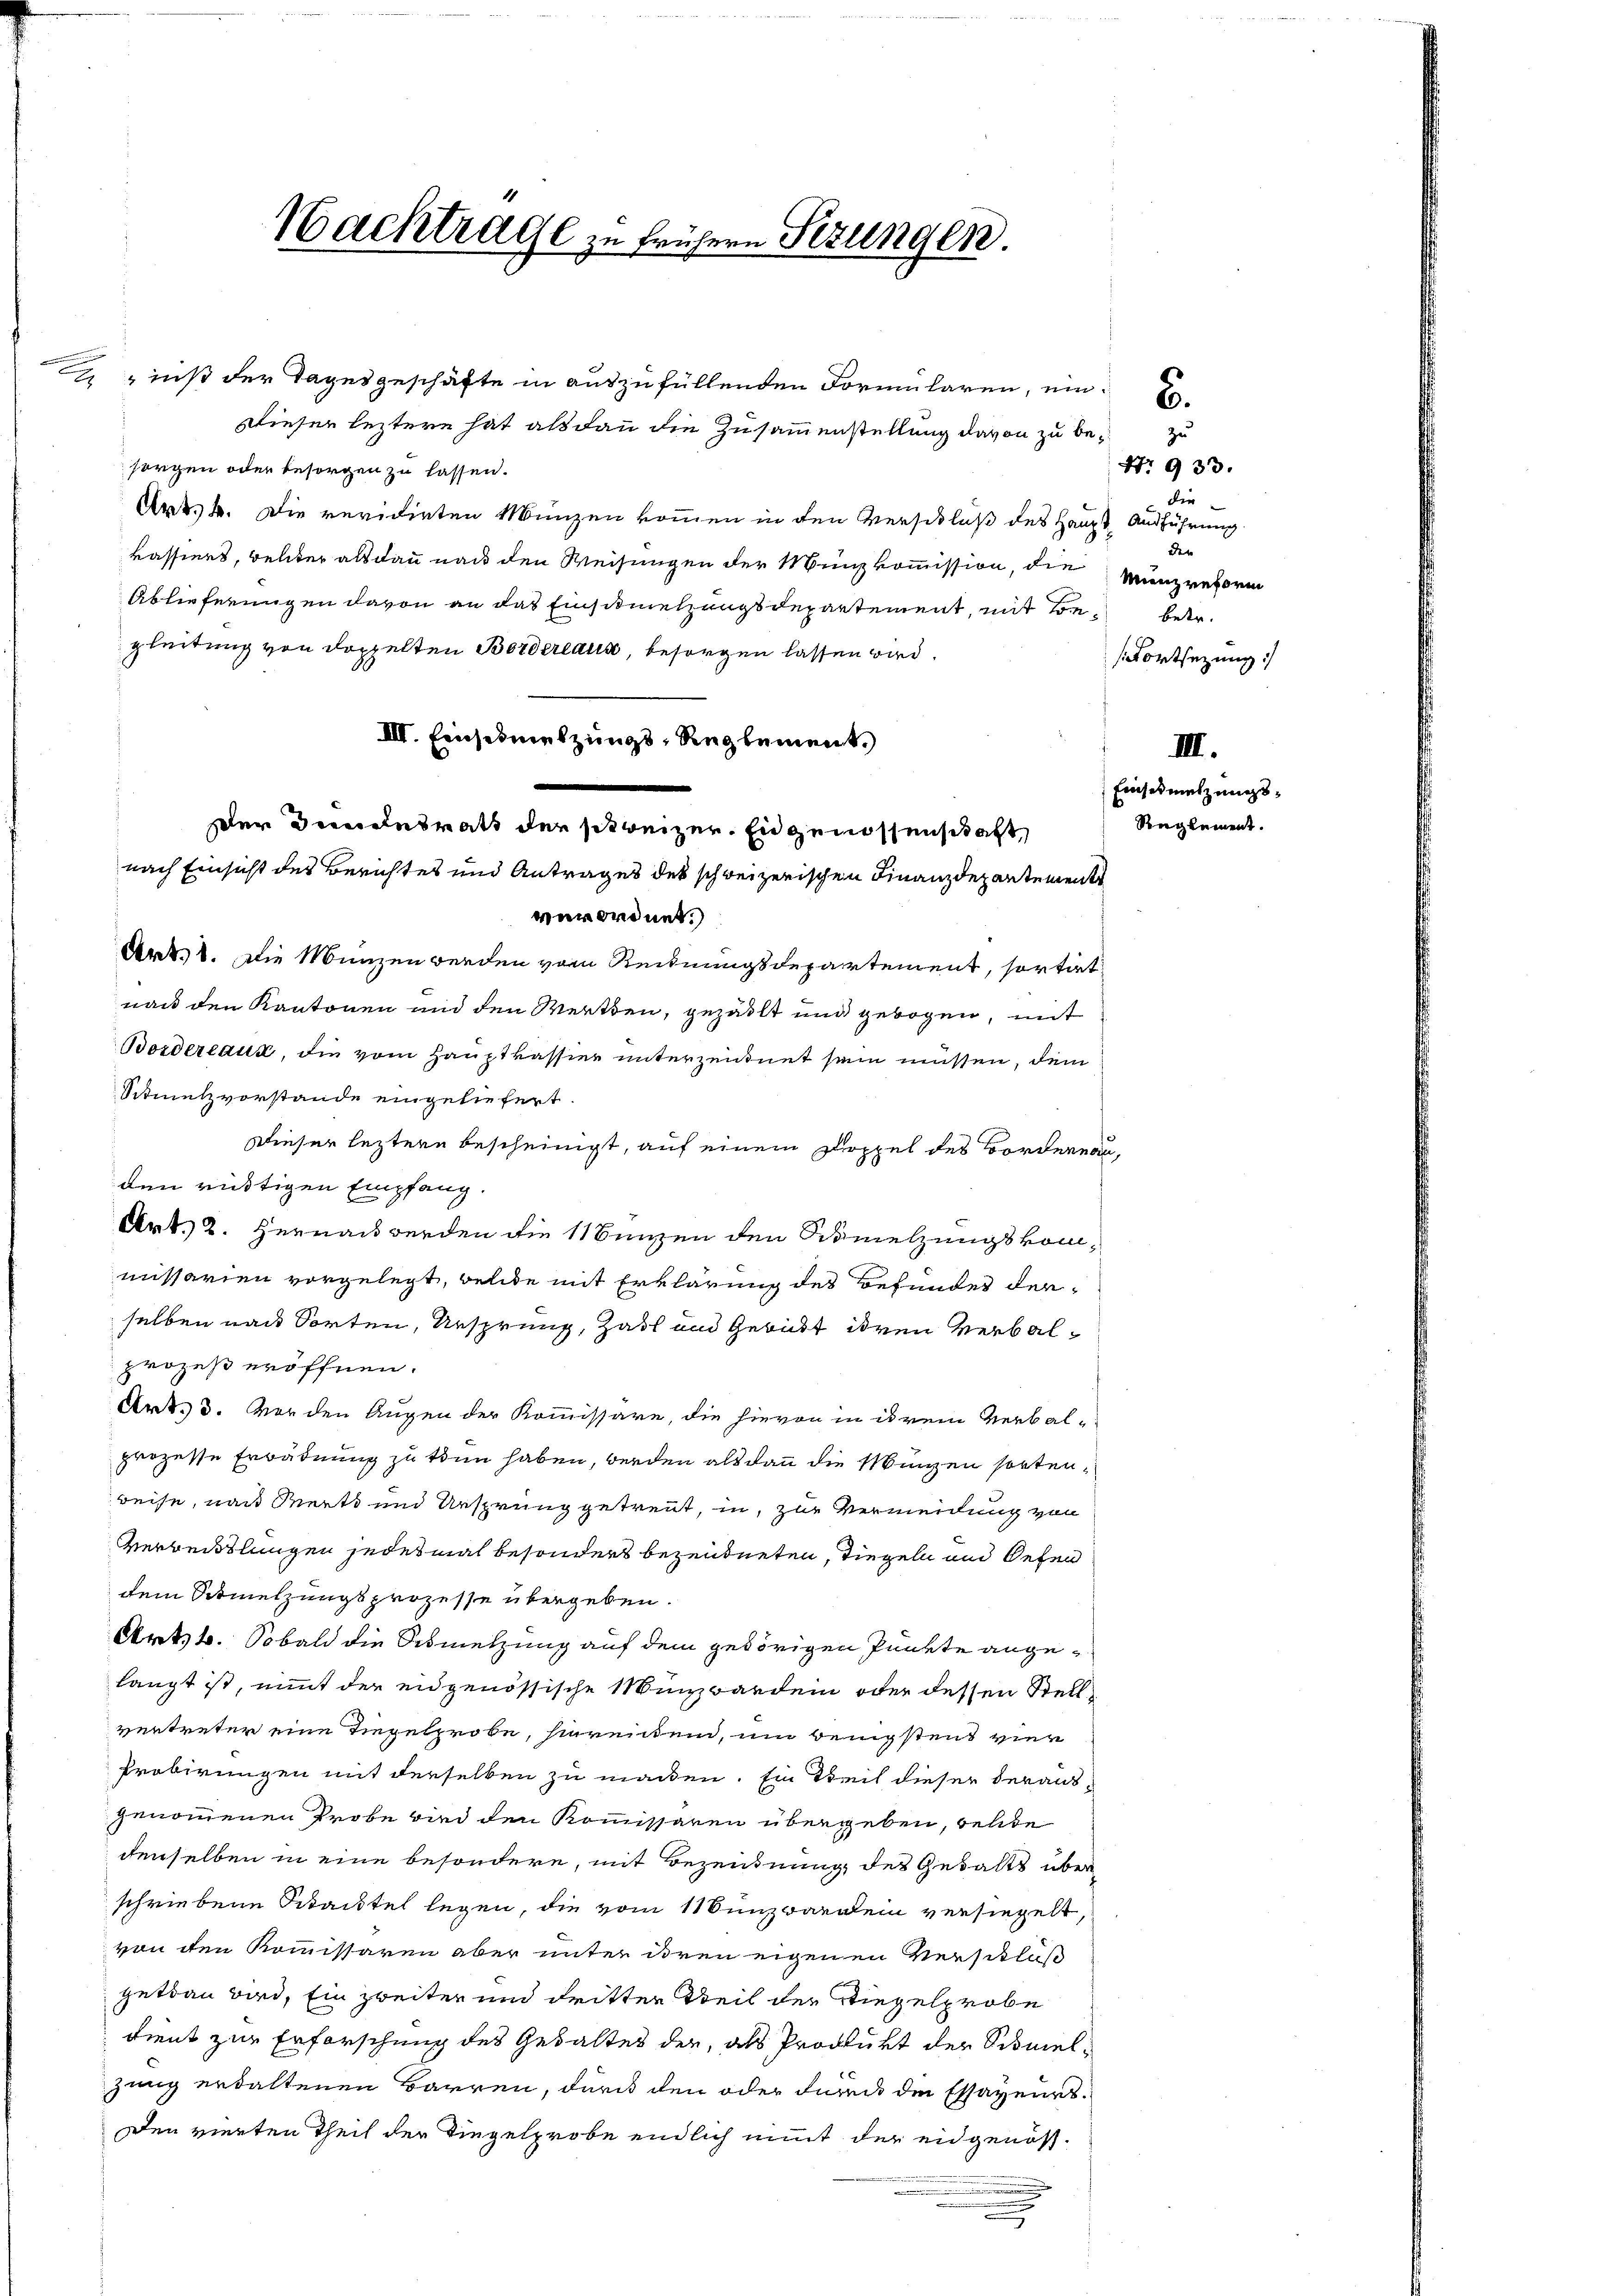
ins der Tagesgeschäfte in auszufüllenden Formularen, ein
Dieser leztere hat als dann die Zusammenstellung davon zu besorgen oder besorgen zu lassen.
Art. 4. Die revidirten Münzen kommen in den Verschluß des Haupt Ausführung
kassiers, welcher alsdann nach den Weisungen der Münzkommission, die Münzreform
Ablieferungen davon an das Einschmelzungsdepartement, mit Be- betr.
gleitung von doppelten Borderlaus, besorgen lassen wird.
III. Einschmelzungs-Reglement.
nach Einsicht des Berichtes und Antrages des schweizerischen Finanzdepartemente
verordnet.)
Art. 1. Die Münzen werden vom Reidnungsdepartement, sortirt
nach den Kantonen und den Werten, gezahlt und gebogen, mit
Borderlaut, die vom Hauptkassier unterzeichnet sein müssen, dem
Stmelzvorstande eingeliefert.
Dieser leztere bescheinigt, auf einem Doppel des Bordernau,
den richtigen Empfang.
Art. 2. Hernau werden die 11 Bunzen den Semelzungskommissarien vorgelegt, welche mit Erklärung des Befundes derselben nach Sorten, Ursprung, Zast und Geburt ihren Verbalprozeß eröffnen.
Art. 3. worden Augen der Kommissäre, die hievon in ihrem Verbal-
prozesse Erbädnung zu tun haben, werden alsdann die Manzen sortenreise, nach Wert und Ursprung getreut, in zur Vermeidung von
Verweitlungen jedesmal besonders bezeugneten, Tiegeln und Sehen
dem Schmelzungsprozesse übergeben.
Artsb. Sobald die Sesmetzung auf dem gehörigen Punkte ange-
langt ist, nimmt der eidgenössische Münzbardein oder dessen Stellvertreter eine Tiegelprobe, hierenden, um wenigstens vier
Probirungen mit derselben zu machen. Ein Teil dieser derausgenommenen Probe wird den Kommissaren übergeben, welde
denselben in eine besondere, mit Bezeichnung des Gedants über
schriebene Brautel legen, die vom 11 Sunzwerden versiegelt
von den Kommissaren aber unter deren eigenen Verschluß
getan wird, Ein zweiter und dritter Weil der Siegelprobe
dient zur Erforschung des Gewaltes der, als Produkt der Schmelzung erhaltenen Bauren, durch den oder durch der Essayenrs¬
Den vierten Theil der Dingelprobe endlich nimmt der eidgenös¬
.
.

Nachtrage zu frühern Sezungen

Der Bundesrath der schweizer. End genossenschaft

zu
N. 933.
dir
der
Fortsezung

IIII.
Einsesmelzungs¬
Reglement.